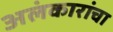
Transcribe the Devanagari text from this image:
अलंकारांचा